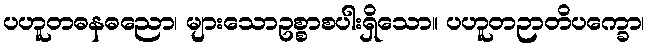
ပဟူတဓနဓညော၊ များသောဥစ္စာစပါးရှိသော။ ပဟူတဉာတိပက္ခော၊